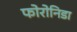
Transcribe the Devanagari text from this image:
फोरोनिडा